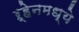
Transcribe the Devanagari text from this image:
ऱ्हेनमध्ये